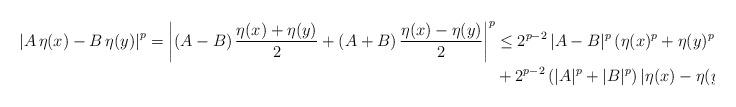
LaTeX: \begin{align*}\left|A\,\eta(x)-B\,\eta(y)\right|^p=\left|(A-B)\,\frac{\eta(x)+\eta(y)}{2}+(A+B)\,\frac{\eta(x)-\eta(y)}{2}\right|^p&\le 2^{p-2}\,|A-B|^p\, (\eta(x)^p+\eta(y)^p)\\&+2^{p-2}\, (|A|^p+|B|^p)\, |\eta(x)-\eta(y)|^p.\end{align*}